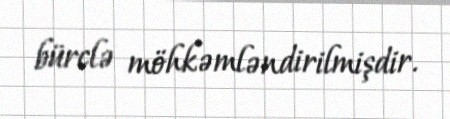
bürclə möhkəmləndirilmişdir.